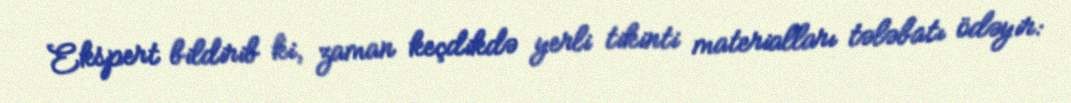
Ekspert bildirib ki, zaman keçdikdə yerli tikinti materialları tələbatı ödəyir: